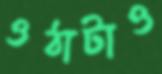
ওঠাটাও